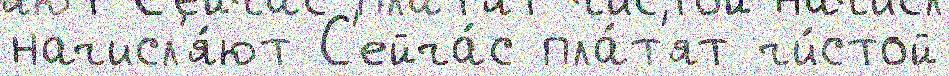
начисл'я́ют С'ейча́с пла́т'ят чи́стой